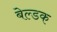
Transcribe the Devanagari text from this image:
बेल्डक